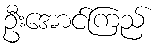
ဦးအောင်ကြည်